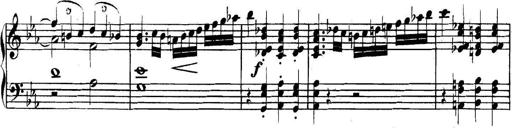
Title: Collected Piano Sonatas
Composer: Muzio Clementi